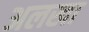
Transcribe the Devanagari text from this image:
अलखा